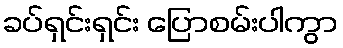
ခပ်ရှင်းရှင်း ပြောစမ်းပါကွာ